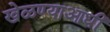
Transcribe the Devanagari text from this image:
खेळण्याआधी